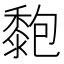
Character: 𪏶